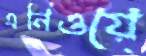
এনিওয়ে